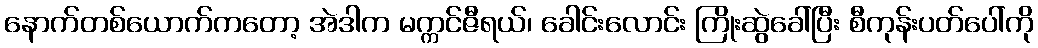
နောက်တစ်ယောက်ကတော့ အဲဒါက မက္ကင်ဇီရယ်၊ ခေါင်းလောင်း ကြိုးဆွဲခေါ်ပြီး စီကုန်းပတ်ပေါ်ကို